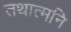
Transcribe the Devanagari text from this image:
तथात्मनि